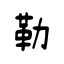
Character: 鰳